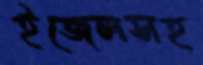
ইজেলসহ